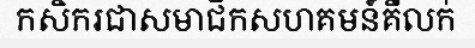
កសិករជាសមាជិកសហគមន៍គឺលក់